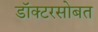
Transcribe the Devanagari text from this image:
डॉक्टरसोबत